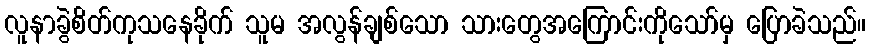
လူနာခွဲစိတ်ကုသနေခိုက် သူမ အလွန်ချစ်သော သားတွေအကြောင်းကိုသော်မှ ပြောခဲသည်။